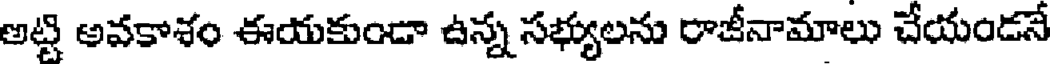
అట్టి అవకాశం ఈయకుండా ఉన్న సభ్యులను రాజీనామాలు చేయండనే